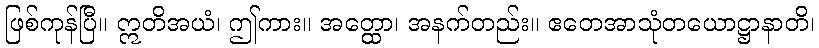
ဖြစ်ကုန်ပြီ။ ဣတိအယံ၊ ဤကား။ အတ္ထော၊ အနက်တည်း။ ဧတေအာသုံတယောဋ္ဌာနာတိ၊